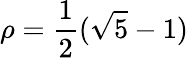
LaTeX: \rho={\frac{1}{2}}({\sqrt{5}}-1)